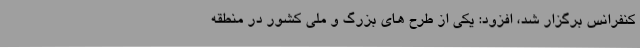
کنفرانس برگزار شد، افزود: یکی از طرح های بزرگ و ملی کشور در منطقه